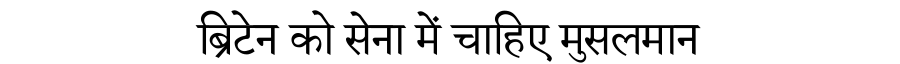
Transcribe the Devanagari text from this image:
ब्रिटेन को सेना में चाहिए मुसलमान